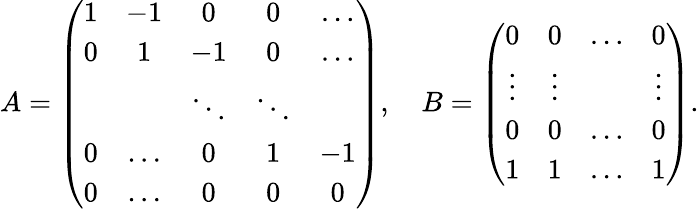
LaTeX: A=\left({\begin{array}{ccccc}{1}&{-1}&{0}&{0}&{\dots}\\ {0}&{1}&{-1}&{0}&{\dots}\\ &&{\ddots}&{\ddots}&\\ {0}&{\dots}&{0}&{1}&{-1}\\ {0}&{\dots}&{0}&{0}&{0}\end{array}}\right),\quad B=\left({\begin{array}{cccc}{0}&{0}&{\dots}&{0}\\ {\vdots}&{\vdots}&&{\vdots}\\ {0}&{0}&{\dots}&{0}\\ {1}&{1}&{\dots}&{1}\end{array}}\right).